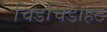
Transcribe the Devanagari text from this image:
चिडचिडाहट